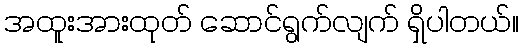
အထူးအားထုတ် ဆောင်ရွက်လျက် ရှိပါတယ်။